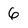
Character: 6